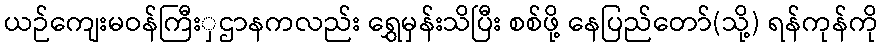
ယဉ်ကျေးမဝန်ကြီးှဌာနကလည်း ရွှေမှန်းသိပြီး စစ်ဖို့ နေပြည်တော်(သို့) ရန်ကုန်ကို